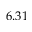
6 . 3 1